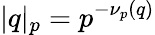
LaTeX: |q|_{p}=p^{-\nu_{p}(q)}